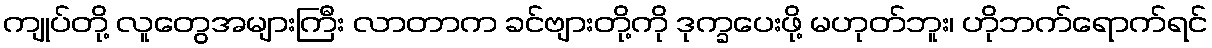
ကျုပ်တို့ လူတွေအများကြီး လာတာက ခင်ဗျားတို့ကို ဒုက္ခပေးဖို့ မဟုတ်ဘူး၊ ဟိုဘက်ရောက်ရင်